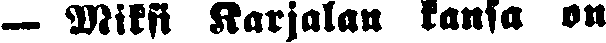
— Miksi Karjalan kansa on